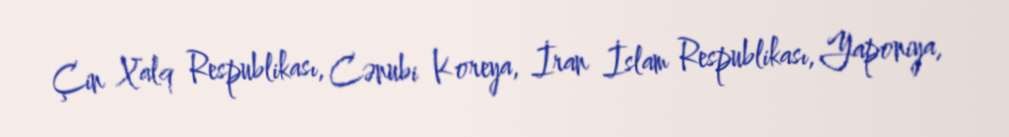
Çin Xalq Respublikası, Cənubi Koreya, İran İslam Respublikası, Yaponiya,